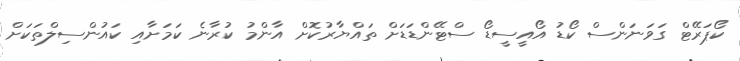
ކޯޕަރޭޓް ގަވަނަންސް ކޯޑު އޯއީސީޑޯ ސްޓޭންޑަޑަށް ތައްޔާރުކޮށް އާންމު ކުރާނެ ކަމަށާއި ކައުންސިލްތަކަށް